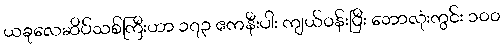
ယခုလေဆိပ်သစ်ကြီးဟာ ၁၇၃ ဧကနီးပါး ကျယ်ဝန်းပြီး ဘောလုံးကွင်း ၁၀၀